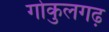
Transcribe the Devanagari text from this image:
गोकुलगढ़